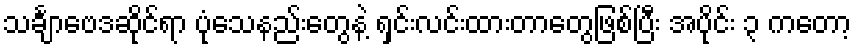
သင်္ချာဗေဒဆိုင်ရာ ပုံသေနည်းတွေနဲ့ ရှင်းလင်းထားတာတွေဖြစ်ပြီး အပိုင်း ၃ ကတော့